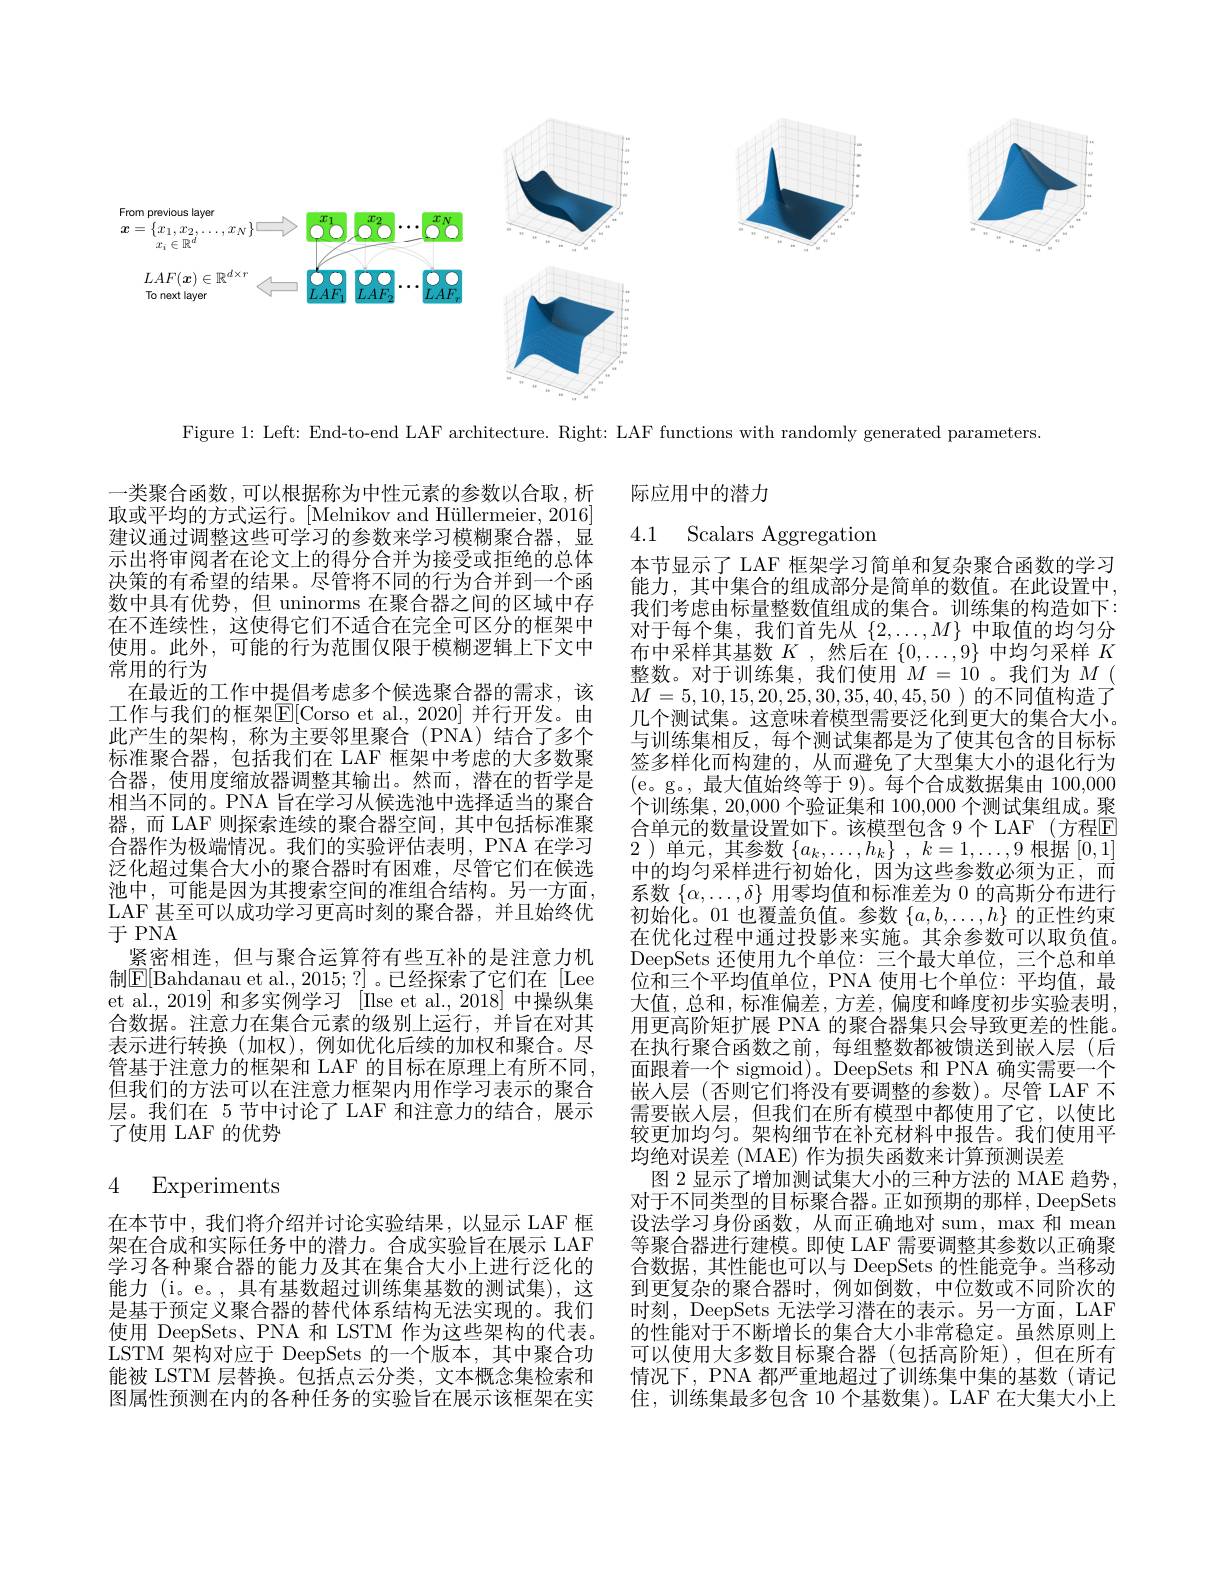
<FigureHere>

Figure 1: Left: End-to-end LAF architecture. Right: LAF functions with randomly generated parameters.

际应用中的潜力

4.1 Scalars Aggregatior

一类聚合函数，可以根据称为中性元素的参数以合取，析取或平均的方式运行。[Melnikov and Hüllermeier, 2016] 建议通过调整这些可学习的参数来学习模糊聚合器，显示出将审阅者在论文上的得分合并为接受或拒绝的总体决策的有希望的结果。尽管将不同的行为合并到一个函数中具有优势，但 uninorms 在聚合器之间的区域中存在不连续性，这使得它们不适合在完全可区分的框架中使用。此外，可能的行为范围仅限于模糊逻辑上下文中常用的行为
在最近的工作中提倡考虑多个候选聚合器的需求，该工作与我们的框架$\overline{\mathrm{E}}[$Corso et al.,2020] 并行开发。由此产生的架构，称为主要邻里聚合(PNA)结合了多个标准聚合器，包括我们在 LAF 框架中考虑的大多数聚合器，使用度缩放器调整其输出。然而，潜在的哲学是相当不同的。PNA 旨在学习从候选池中选择适当的聚合器，而 LAF 则探索连续的聚合器空间，其中包括标准聚合器作为极端情况。我们的实验评估表明，PNA 在学习泛化超过集合大小的聚合器时有困难，尽管它们在候选池中，可能是因为其搜索空间的准组合结构。另一方面， LAF 甚至可以成功学习更高时刻的聚合器，并且始终优于 PNA
紧密相连，但与聚合运算符有些互补的是注意力机制$\mathbb{E}[$Bahdanau et al., 2015;?]。已经探索了它们在[Lee et al., 2019] 和多实例学习 [Ilse et al., 2018] 中操纵集合数据。注意力在集合元素的级别上运行，并旨在对其表示进行转换(加权),例如优化后续的加权和聚合。尽管基于注意力的框架和 LAF 的目标在原理上有所不同但我们的方法可以在注意力框架内用作学习表示的聚合层。我们在 5 节中讨论了 LAF 和注意力的结合，展示了使用 LAF 的优势

本节显示了 LAF 框架学习简单和复杂聚合函数的学习能力，其中集合的组成部分是简单的数值。在此设置中我们考虑由标量整数值组成的集合。训练集的构造如下： 对于每个集，我们首先从$\{2,\ldots,M\}$中取值的均匀分布中采样其基数$K$ ,然后在$\{0,\ldots,9\}$中均匀采样$K$ 整数。对于训练集，我们使用$M=10$。我们为$M($ $M=5,10,15,20,25,30,35,40,45,50$ )的不同值构造了几个测试集。这意味着模型需要泛化到更大的集合大小。与训练集相反，每个测试集都是为了使其包含的目标标签多样化而构建的，从而避免了大型集大小的退化行为(e。g。,最大值始终等于 9)。每个合成数据集由 100,0000个训练集，20,000 个验证集和 100,000 个测试集组成。聚合单元的数量设置如下。该模型包含 9 个 LAF (方程E) 2 )单元，其参数$\{ a_k, \ldots , h_k\}$ , $k= 1, \ldots , 9$根据[0,1] 中的均匀采样进行初始化，因为这些参数必须为正，而系数$\{\alpha,\ldots,\delta\}$用零均值和标准差为 0 的高斯分布进行初始化。01 也覆盖负值。参数$\{a,b,\ldots,h\}$的正性约束在优化过程中通过投影来实施。其余参数可以取负值。DeepSets 还使用九个单位：三个最大单位，三个总和单位和三个平均值单位，PNA 使用七个单位：平均值，最大值，总和，标准偏差，方差，偏度和峰度初步实验表明， 用更高阶矩扩展 PNA 的聚合器集只会导致更差的性能。在执行聚合函数之前，每组整数都被馈送到嵌入层(后面跟着一个 sigmoid)。DeepSets 和 PNA 确实需要一个嵌人层(否则它们将没有要调整的参数)。尽管 LAF 不需要嵌人层，但我们在所有模型中都使用了它，以使比较更加均匀。架构细节在补充材料中报告。我们使用平均绝对误差 (MAE) 作为损失函数来计算预测误差
图 2 显示了增加测试集大小的三种方法的 MAE 趋势对于不同类型的目标聚合器。正如预期的那样，DeepSets 设法学习身份函数，从而正确地对 sum, max 和 mean 等聚合器进行建模。即使 LAF 需要调整其参数以正确聚合数据，其性能也可以与 DeepSets 的性能竞争。当移动到更复杂的聚合器时，例如倒数，中位数或不同阶次的时刻，DeepSets 无法学习潜在的表示。另一方面，LAF 的性能对于不断增长的集合大小非常稳定。虽然原则上可以使用大多数目标聚合器(包括高阶矩),但在所有情况下，PNA 都严重地超过了训练集中集的基数(请记住，训练集最多包含 10 个基数集)。LAF 在大集大小上

# 4 Experiments

在本节中，我们将介绍并讨论实验结果，以显示 LAF 框架在合成和实际任务中的潜力。合成实验旨在展示 LAF 学习各种聚合器的能力及其在集合大小上进行泛化的能力 (i。e。, 具有基数超过训练集基数的测试集), 这是基于预定义聚合器的替代体系结构无法实现的。我们使用 DeepSets、PNA 和 LSTM 作为这些架构的代表。LSTM 架构对应于 DeepSets 的一个版本，其中聚合功能被 LSTM 层替换。包括点云分类，文本概念集检索和图属性预测在内的各种任务的实验旨在展示该框架在实